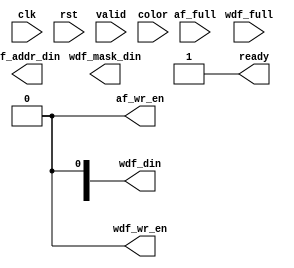
module FrameFiller(//system:
  input             clk,
  input             rst,
  // fill control:
  input             valid,
  input [23:0]      color,
  // ddr2 fifo control:
  input             af_full,
  input             wdf_full,
  // ddr2 fifo outputs:
  output [127:0]    wdf_din,
  output            wdf_wr_en,
  output [30:0]     af_addr_din,
  output            af_wr_en,
  output [15:0]     wdf_mask_din,
  // handshaking:
  output            ready);


  // Remove these when you implement the frame filler:
  assign wdf_wr_en = 1'b0;
  assign af_wr_en  = 1'b0;
  assign ready     = 1'b1;





endmodule